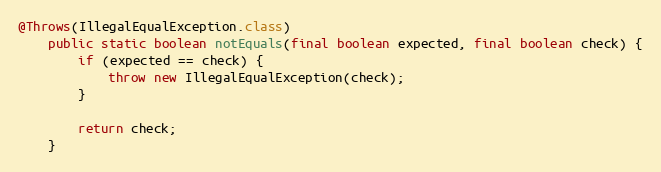
Language: Java
@Throws(IllegalEqualException.class)
	public static boolean notEquals(final boolean expected, final boolean check) {
		if (expected == check) {
			throw new IllegalEqualException(check);
		}

		return check;
	}